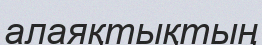
алаяқтықтың